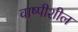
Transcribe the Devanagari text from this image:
वाष्पीशील